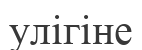
улігіне